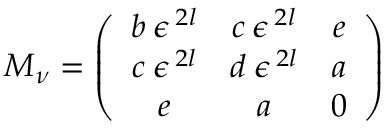
{ \cal M } _ { \nu } = \left( \begin{array} { c c c } { { b \: \epsilon ^ { \: 2 l } } } & { { c \: \epsilon ^ { \: 2 l } } } & { { e } } \\ { { c \: \epsilon ^ { \: 2 l } } } & { { d \: \epsilon ^ { \: 2 l } } } & { { a } } \\ { { e } } & { { a } } & { { 0 } } \end{array} \right)